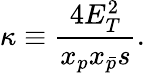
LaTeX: \kappa\equiv\frac{4E_{T}^{2}}{x_{p}x_{\bar{p}}s}.